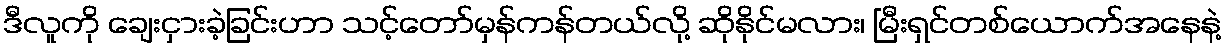
ဒီလူကို ချေးငှားခဲ့ခြင်းဟာ သင့်တော်မှန်ကန်တယ်လို့ ဆိုနိုင်မလား၊ မြီးရှင်တစ်ယောက်အနေနဲ့